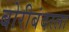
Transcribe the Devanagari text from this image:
बोरीबंदरला